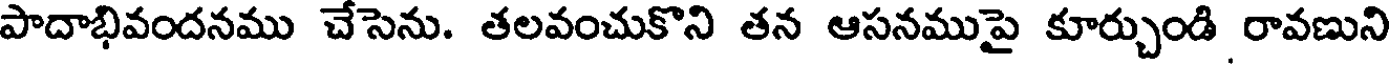
పాదాభివందనము చేసెను. తలవంచుకొని తన ఆసనముపై కూర్చుండి రావణుని